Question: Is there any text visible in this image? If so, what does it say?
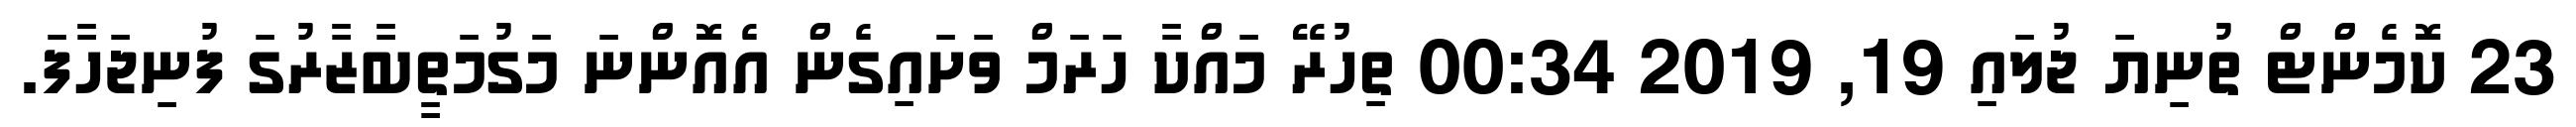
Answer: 23 ކޮމެންޓް ތުނިޔަ ޖުލައި 19, 2019 00:34 ތިހުރޭ މައްކާ ހަރަމް ވަށައިގެން އެއޮންނަ މަގުމަތީބާޒާރުގަ ފުނިޖަހާފަ.